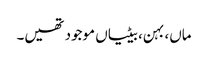
ماں، بہن، بیٹیاں موجود تھیں۔